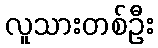
လူသားတစ်ဦး